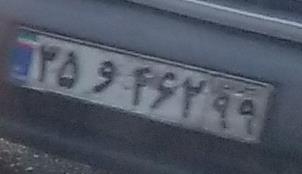
۳۵و۴۶۲۹۹